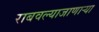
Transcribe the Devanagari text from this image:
राबवल्याजाणार्‍या